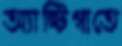
অ্যান্টিগাতে